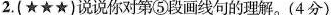
2.(★★★)说说你对第⑤段画线句的理解。(4分)